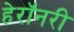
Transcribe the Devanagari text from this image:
हेरॉनरी